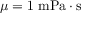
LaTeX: \mu = 1 \; { \mathrm { m P a } } \cdot { \mathrm { s } }